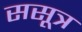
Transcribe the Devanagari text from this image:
ससूत्र